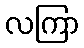
လကြာ